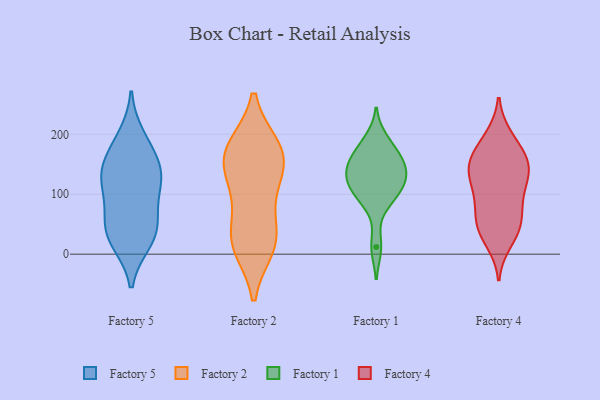
{"axis": {"x": "Website Visitors", "y": "Value"}, "legend": ["Factory 1", "Factory 2", "Factory 4", "Factory 5"], "data": [{"x": "", "y": 44, "type": "Factory 5"}, {"x": "", "y": 119, "type": "Factory 5"}, {"x": "", "y": 178, "type": "Factory 5"}, {"x": "", "y": 55, "type": "Factory 5"}, {"x": "", "y": 91, "type": "Factory 5"}, {"x": "", "y": 47, "type": "Factory 5"}, {"x": "", "y": 20, "type": "Factory 5"}, {"x": "", "y": 151, "type": "Factory 5"}, {"x": "", "y": 196, "type": "Factory 5"}, {"x": "", "y": 20, "type": "Factory 5"}, {"x": "", "y": 143, "type": "Factory 5"}, {"x": "", "y": 121, "type": "Factory 5"}, {"x": "", "y": 130, "type": "Factory 5"}, {"x": "", "y": 169, "type": "Factory 2"}, {"x": "", "y": 26, "type": "Factory 2"}, {"x": "", "y": 13, "type": "Factory 2"}, {"x": "", "y": 19, "type": "Factory 2"}, {"x": "", "y": 172, "type": "Factory 2"}, {"x": "", "y": 94, "type": "Factory 2"}, {"x": "", "y": 32, "type": "Factory 2"}, {"x": "", "y": 170, "type": "Factory 2"}, {"x": "", "y": 124, "type": "Factory 2"}, {"x": "", "y": 178, "type": "Factory 2"}, {"x": "", "y": 140, "type": "Factory 2"}, {"x": "", "y": 140, "type": "Factory 1"}, {"x": "", "y": 139, "type": "Factory 1"}, {"x": "", "y": 191, "type": "Factory 1"}, {"x": "", "y": 12, "type": "Factory 1"}, {"x": "", "y": 141, "type": "Factory 1"}, {"x": "", "y": 103, "type": "Factory 1"}, {"x": "", "y": 169, "type": "Factory 1"}, {"x": "", "y": 88, "type": "Factory 1"}, {"x": "", "y": 122, "type": "Factory 1"}, {"x": "", "y": 108, "type": "Factory 1"}, {"x": "", "y": 165, "type": "Factory 1"}, {"x": "", "y": 116, "type": "Factory 4"}, {"x": "", "y": 126, "type": "Factory 4"}, {"x": "", "y": 46, "type": "Factory 4"}, {"x": "", "y": 165, "type": "Factory 4"}, {"x": "", "y": 156, "type": "Factory 4"}, {"x": "", "y": 58, "type": "Factory 4"}, {"x": "", "y": 85, "type": "Factory 4"}, {"x": "", "y": 162, "type": "Factory 4"}, {"x": "", "y": 39, "type": "Factory 4"}, {"x": "", "y": 148, "type": "Factory 4"}, {"x": "", "y": 37, "type": "Factory 4"}, {"x": "", "y": 70, "type": "Factory 4"}, {"x": "", "y": 142, "type": "Factory 4"}, {"x": "", "y": 146, "type": "Factory 4"}, {"x": "", "y": 194, "type": "Factory 4"}, {"x": "", "y": 21, "type": "Factory 4"}, {"x": "", "y": 196, "type": "Factory 4"}, {"x": "", "y": 92, "type": "Factory 4"}, {"x": "", "y": 120, "type": "Factory 4"}]}